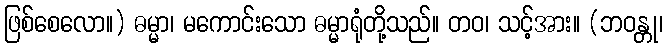
ဖြစ်စေလော။) ဓမ္မာ၊ မကောင်းသော ဓမ္မာရုံတို့သည်။ တဝ၊ သင့်အား။ (ဘဝန္တု၊